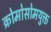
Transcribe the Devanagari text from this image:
क्रोमोसोमयुक्त